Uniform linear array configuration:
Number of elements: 24
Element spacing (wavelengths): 0.75
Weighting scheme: binomial
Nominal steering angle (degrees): -45
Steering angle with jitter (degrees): -43.882
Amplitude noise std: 0.05
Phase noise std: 0.05

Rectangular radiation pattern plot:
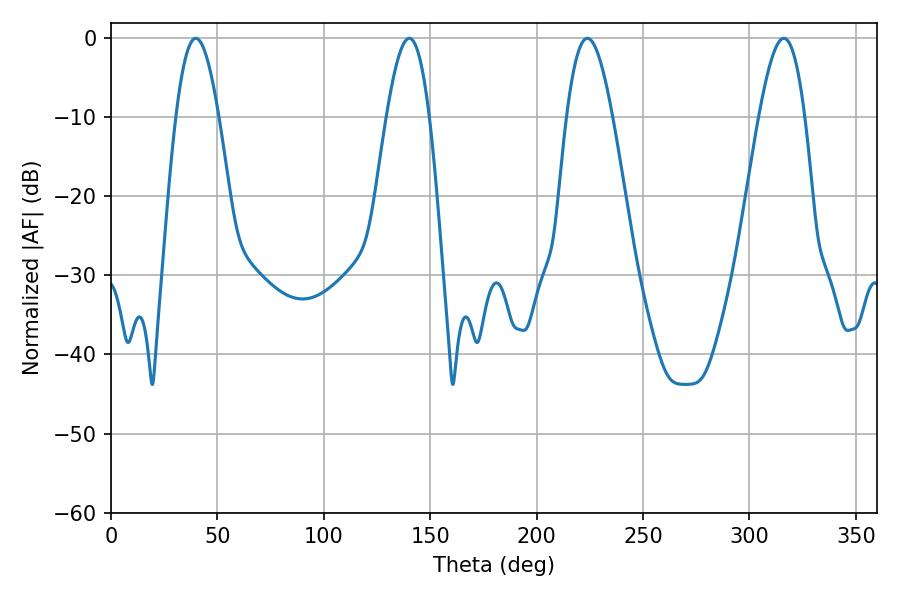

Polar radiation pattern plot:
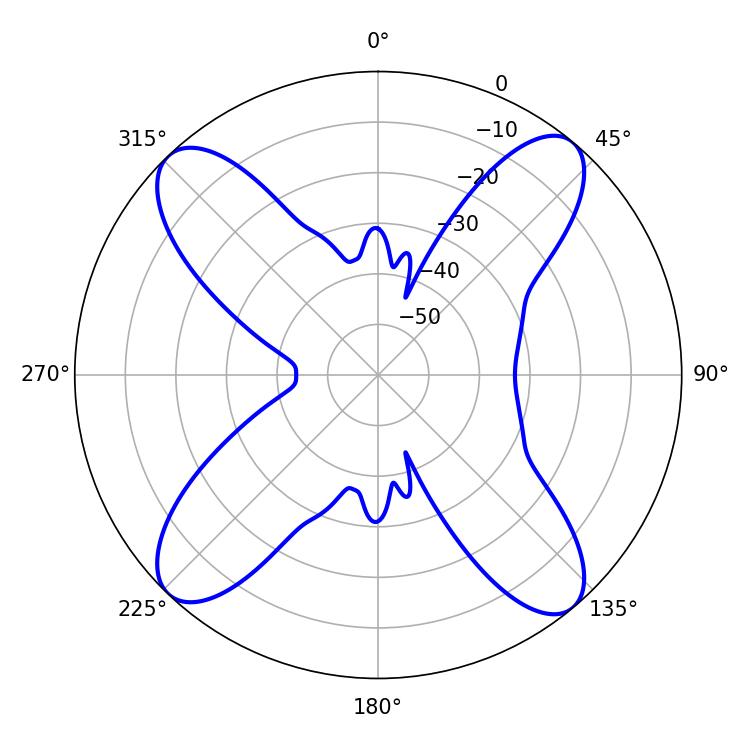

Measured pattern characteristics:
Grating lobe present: TRUE
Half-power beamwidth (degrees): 10.98
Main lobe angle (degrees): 39.78